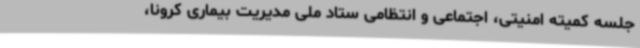
جلسه کمیته امنیتی، اجتماعی و انتظامی ستاد ملی مدیریت بیماری کرونا،